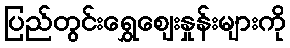
ပြည်တွင်းရွှေဈေးနှုန်းများကို